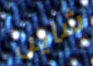
شاين